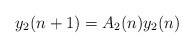
LaTeX: \begin{align*}y_{2}(n+1)=A_{2}(n)y_{2}(n) \end{align*}